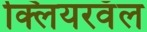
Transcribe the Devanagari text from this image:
क्लियरवॅल